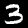
Label: 3